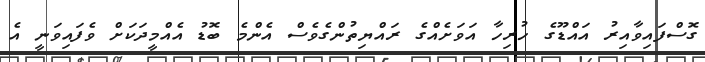
ގޮސްފައިވާއިރު އައްޑޫގެ ހުރިހާ އަވަށެއްގެ ރައްޔިތުންގެވެސް އެންމެ ބޮޑު އެއްމީދަކަށް ވެފައިވަނީ އެ